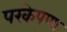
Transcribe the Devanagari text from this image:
परकेपणा